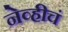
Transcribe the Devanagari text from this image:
नेव्हीचं